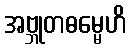
အဗ္ဘုတဓမ္မေဟိ